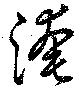
淹